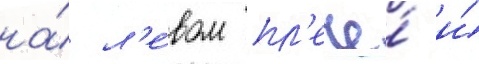
на́ л'е́вом пл'ече́ и́